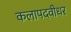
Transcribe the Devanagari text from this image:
कलापदवीधर